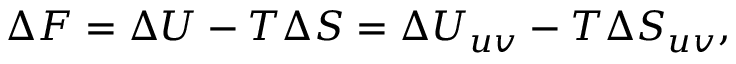
\Delta F = \Delta U - T \Delta S = \Delta U _ { u v } - T \Delta S _ { u v } ,